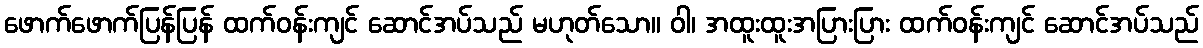
ဖောက်ဖောက်ပြန်ပြန် ထက်ဝန်းကျင် ဆောင်အပ်သည် မဟုတ်သော။ ဝါ၊ အထူးထူးအပြားပြား ထက်ဝန်းကျင် ဆောင်အပ်သည်